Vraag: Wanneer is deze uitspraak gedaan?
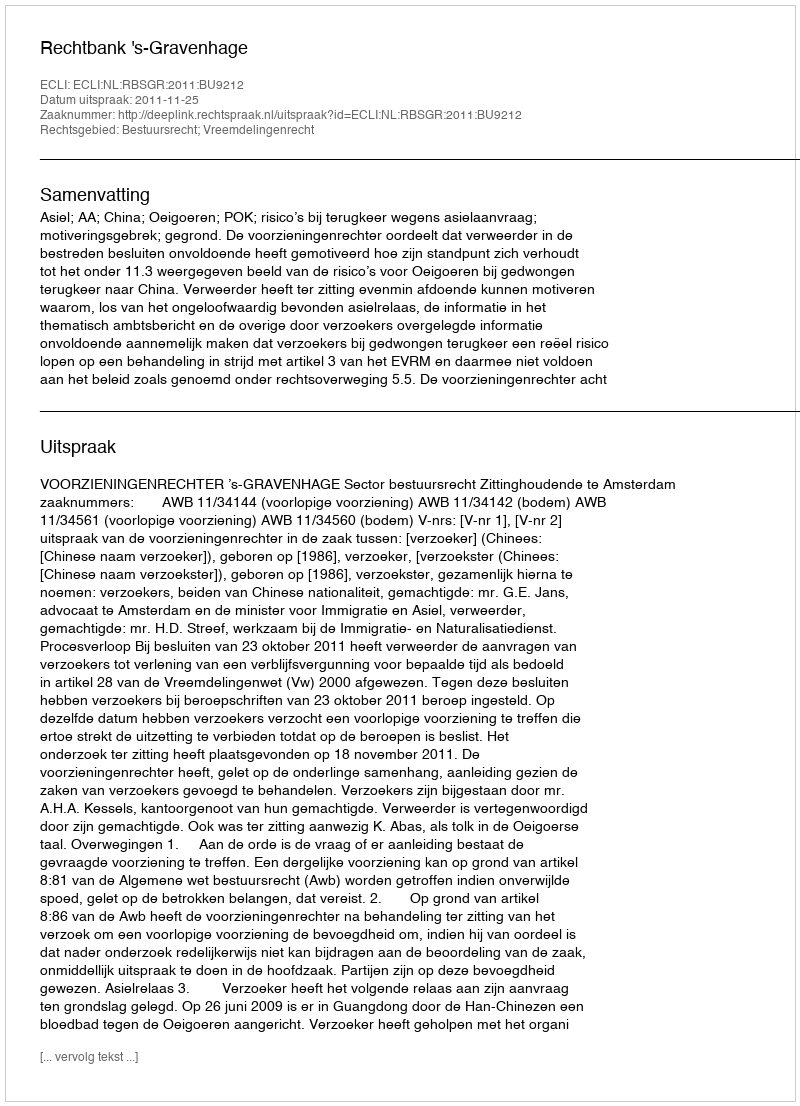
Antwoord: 2011-11-25